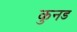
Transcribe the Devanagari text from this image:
कुनड